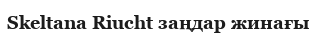
Skeltana Riucht заңдар жинағы